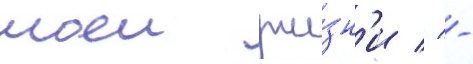
моеи жи́зн'и // -